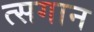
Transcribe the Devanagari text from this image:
त्सगान